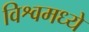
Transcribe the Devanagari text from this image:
विश्वमध्ये